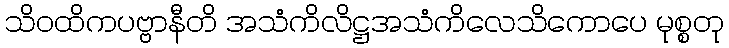
သိဝထိကပဗ္ဗာနီတိ အသံကိလိဋ္ဌအသံကိလေသိကောပေ မုစ္စတု